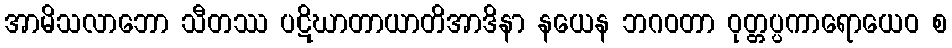
အာမိသလာဘော သီတဿ ပဋိဃာတာယာတိအာဒိနာ နယေန ဘဂဝတာ ဝုတ္တပ္ပကာရောယေဝ စ